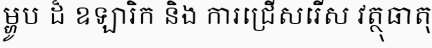
ម្ហូប ដ៏ ឧឡារិក និង ការជ្រើសរើស វត្ថុធាតុ